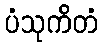
ပံသုကိတံ